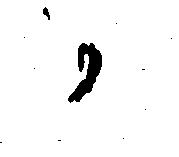
か